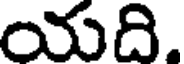
యది.